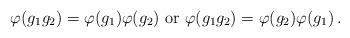
LaTeX: \begin{align*} \varphi (g_1 g_2) = \varphi (g_1) \varphi (g_2) \mbox{ or } \varphi (g_1 g_2) = \varphi (g_2) \varphi (g_1) \,.\end{align*}